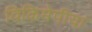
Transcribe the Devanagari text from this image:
विकिमेपीया